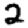
Digit: 2